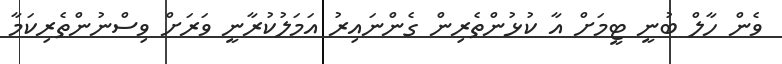
ވެން ހާލް ބުނީ ޓީމަށް އާ ކުޅުންތެރިން ގެންނައިރު އަމަލުކުރާނީ ވަރަށް ވިސްނުންތެރިކަމާ